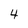
Character: 4